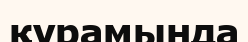
қурамында